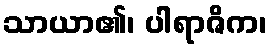
သာယာ၏၊ ပါရာဇိက၊